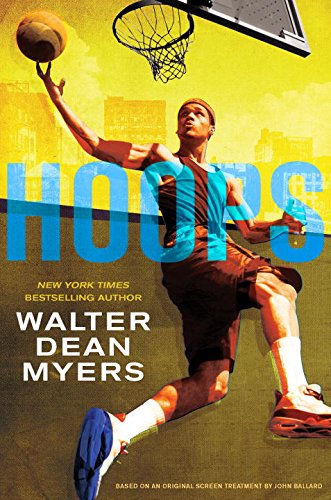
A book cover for Hoops; Walter Dean Myers; Teen & Young Adult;